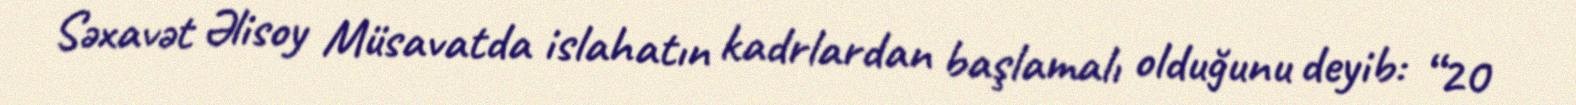
Səxavət Əlisoy Müsavatda islahatın kadrlardan başlamalı olduğunu deyib: “20